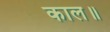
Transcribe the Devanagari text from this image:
काल॥